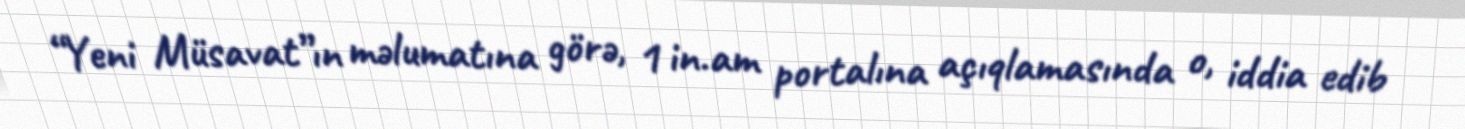
“Yeni Müsavat”ın məlumatına görə, 1 in.am portalına açıqlamasında o, iddia edib